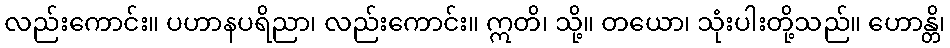
လည်းကောင်း။ ပဟာနပရိညာ၊ လည်းကောင်း။ ဣတိ၊ သို့။ တယော၊ သုံးပါးတို့သည်။ ဟောန္တိ၊